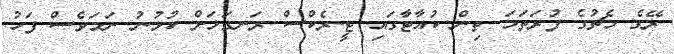
ރޭގެ މެޗުގެ ފުރަތަމަ ތިން ކުއާޓާގައި ޓީ-ރެކްސް ރަނގަޅަށް ކުޅުނު ނަމަވެސް ފަހު